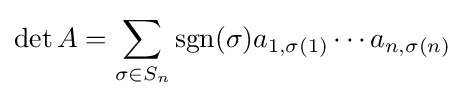
\det A=\sum _{\sigma \in S_{n}}\operatorname {sgn} (\sigma )a_{1,\sigma (1)}\cdots a_{n,\sigma (n)}